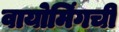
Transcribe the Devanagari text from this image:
वायोमिंगची